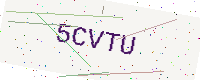
Text: 5CVTU